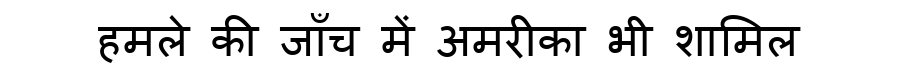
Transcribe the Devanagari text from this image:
हमले की जाँच में अमरीका भी शामिल